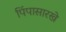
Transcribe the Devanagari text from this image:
पिंपासारखे